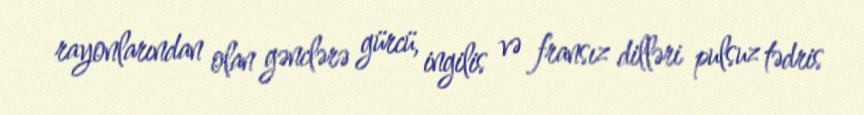
rayonlarından olan gənclərə gürcü, ingilis və fransız dilləri pulsuz tədris